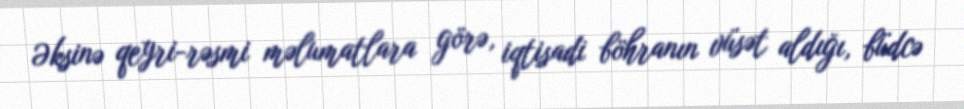
Əksinə qeyri-rəsmi məlumatlara görə, iqtisadi böhranın vüsət aldığı, büdcə